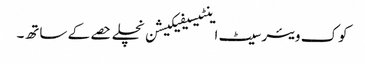
کوک ویئر سیٹ اینٹیسیفیکیشن نچلے حصے کے ساتھ۔